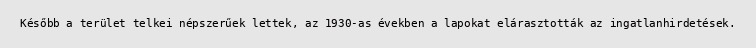
Később a terület telkei népszerűek lettek, az 1930-as években a lapokat elárasztották az ingatlanhirdetések.